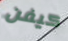
كيفن